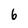
Character: 6